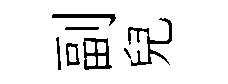
副兒